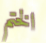
الختم